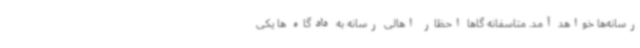
رسانه‌ها خواهد آمد. متاسفانه گاها احظار اهالی رسانه به دادگاه ها یکی